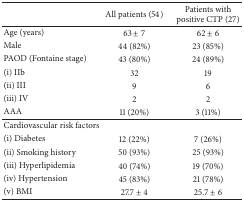
|  | All patients (54) | Patients with positive CTP (27) |
 | --- | --- | --- |
 | Age (years) | 63 ± 7 | 62 ± 6 |
 | Male | 44 (82%) | 23 (85%) |
 | PAOD (Fontaine stage) | 43 (80%) | 24 (89%) |
 | (i) IIb | 32 | 19 |
 | (ii) III | 9 | 6 |
 | (iii) IV | 2 | 2 |
 | AAA | 11 (20%) | 3 (11%) |
 | Cardiovascular risk factors |  |  |
 | (i) Diabetes | 12 (22%) | 7 (26%) |
 | (ii) Smoking history | 50 (93%) | 25 (93%) |
 | (iii) Hyperlipidemia | 40 (74%) | 19 (70%) |
 | (iv) Hypertension | 45 (83%) | 21 (78%) |
 | (v) BMI | 27.7 ± 4 | 25.7 ± 6 |